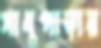
সাধুপাড়ার